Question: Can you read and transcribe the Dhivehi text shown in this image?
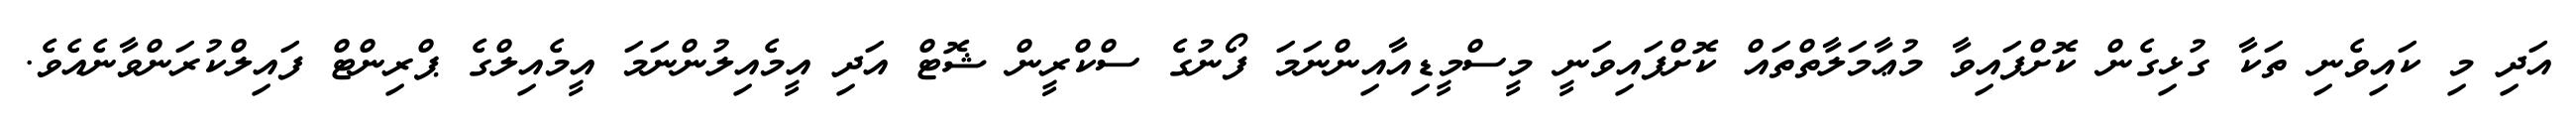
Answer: އަދި މި ކައިވެނި ތަކާ ގުޅިގެން ކޮށްފައިވާ މުޢާމަލާތްތައް ކޮށްފައިވަނީ މީސްމީޑިއާއިންނަމަ ފޯނުގެ ސްކްރީން ޝޮޓް އަދި އީމެއިލުންނަމަ އީމެއިލްގެ ޕްރިންޓް ފައިލްކުރަންވާނެއެވެ.